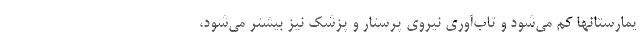
یمارستانها کم می‌شود و تاب‌آوری نیروی پرستار و پزشک نیز بیشتر می‌شود،